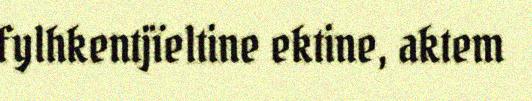
fylhkentjïeltine ektine, aktem